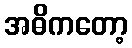
အဓိကတော့